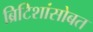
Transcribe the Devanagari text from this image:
ब्रिटिशांसोबत